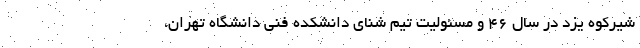
شیرکوه یزد در سال ۴۶ و مسئولیت تیم شنای دانشکده فنی دانشگاه تهران،